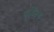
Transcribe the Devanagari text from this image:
धृतिभ्रंश